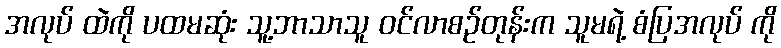
အလုပ် ထဲကို ပထမဆုံး သူ့ဘာသာသူ ဝင်လာစဉ်တုန်းက သူမရဲ့ စံပြအလုပ် ကို